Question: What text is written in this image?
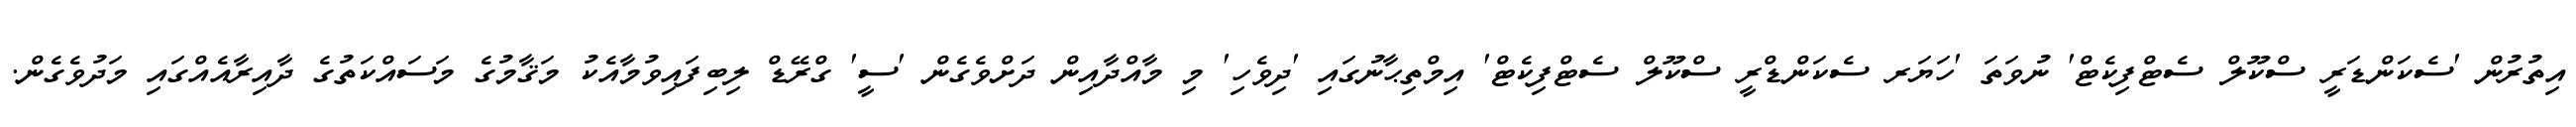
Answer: އިތުރުން 'ސެކަންޑަރީ ސްކޫލް ސެޓްފިކެޓް' ނުވަތަ 'ހަޔަރ ސެކަންޑްރީ ސްކޫލް ސެޓްފިކެޓް' އިމްތިޙާނުގައި 'ދިވެހި' މި މާއްދާއިން ދަށްވެގެން 'ސީ' ގްރޭޑް ލިބިފައިވުމާއެކު މަޤާމުގެ މަސައްކަތުގެ ދާއިރާއެއްގައި މަދުވެގެން.